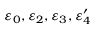
\varepsilon _ { 0 } , \varepsilon _ { 2 } , \varepsilon _ { 3 } , \varepsilon _ { 4 } ^ { \prime }